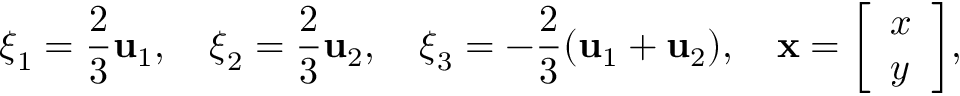
{ \boldsymbol { \xi } } _ { 1 } = { \frac { 2 } { 3 } } \mathbf { u } _ { 1 } , \quad { \boldsymbol { \xi } } _ { 2 } = { \frac { 2 } { 3 } } \mathbf { u } _ { 2 } , \quad { \boldsymbol { \xi } } _ { 3 } = - { \frac { 2 } { 3 } } ( \mathbf { u } _ { 1 } + \mathbf { u } _ { 2 } ) , \quad \mathbf { x } = { \left[ \begin{array} { l } { x } \\ { y } \end{array} \right] } ,